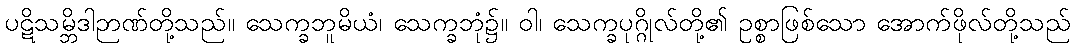
ပဋိသမ္ဘိဒါဉာဏ်တို့သည်။ သေက္ခဘူမိယံ၊ သေက္ခဘုံ၌။ ဝါ၊ သေက္ခပုဂ္ဂိုလ်တို့၏ ဥစ္စာဖြစ်သော အောက်ဖိုလ်တို့သည်